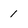
Character: 1